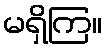
မရှိကြ။